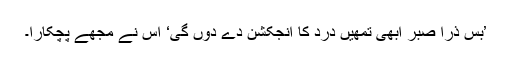
’بس ذرا صبر ابھی تمھیں درد کا انجکشن دے دوں گی‘ اس نے مجھے پچکارا۔